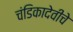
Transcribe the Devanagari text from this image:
चंडिकादेवीचे